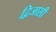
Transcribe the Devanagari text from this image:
द्विजासी